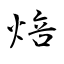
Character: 焙